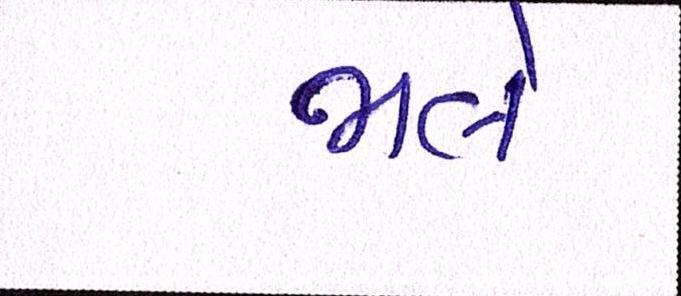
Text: ભલે